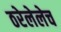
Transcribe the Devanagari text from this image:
ठरेलेलेच